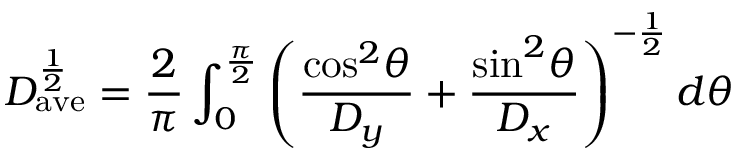
D _ { \mathrm { a v e } } ^ { \frac { 1 } { 2 } } = \frac { 2 } { \pi } \int _ { 0 } ^ { \frac { \pi } { 2 } } \left( \frac { \mathrm { c o s } ^ { 2 } \theta } { D _ { y } } + \frac { \mathrm { s i n } ^ { 2 } \theta } { D _ { x } } \right) ^ { - \frac { 1 } { 2 } } d \theta